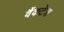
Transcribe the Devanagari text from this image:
वैंकटेश